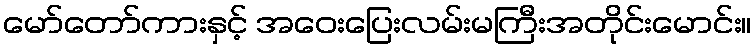
မော်တော်ကားနှင့် အဝေးပြေးလမ်းမကြီးအတိုင်းမောင်း။